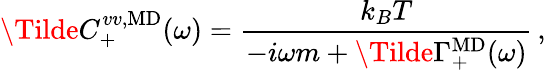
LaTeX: \Tilde{C}_{+}^{vv,\mathrm{MD}}(\omega)=\frac{k_{B}T}{-i\omega m+\Tilde{\Gamma}_{+}^{\mathrm{MD}}(\omega)}\, ,